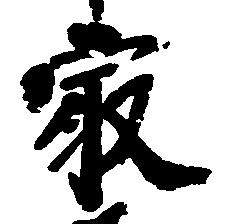
最